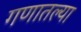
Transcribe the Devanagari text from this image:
गणातल्या